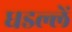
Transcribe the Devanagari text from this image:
धडल्लें